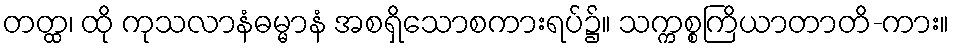
တတ္ထ၊ ထို ကုသလာနံဓမ္မာနံ အစရှိသောစကားရပ်၌။ သက္ကစ္စကြိယာတာတိ-ကား။